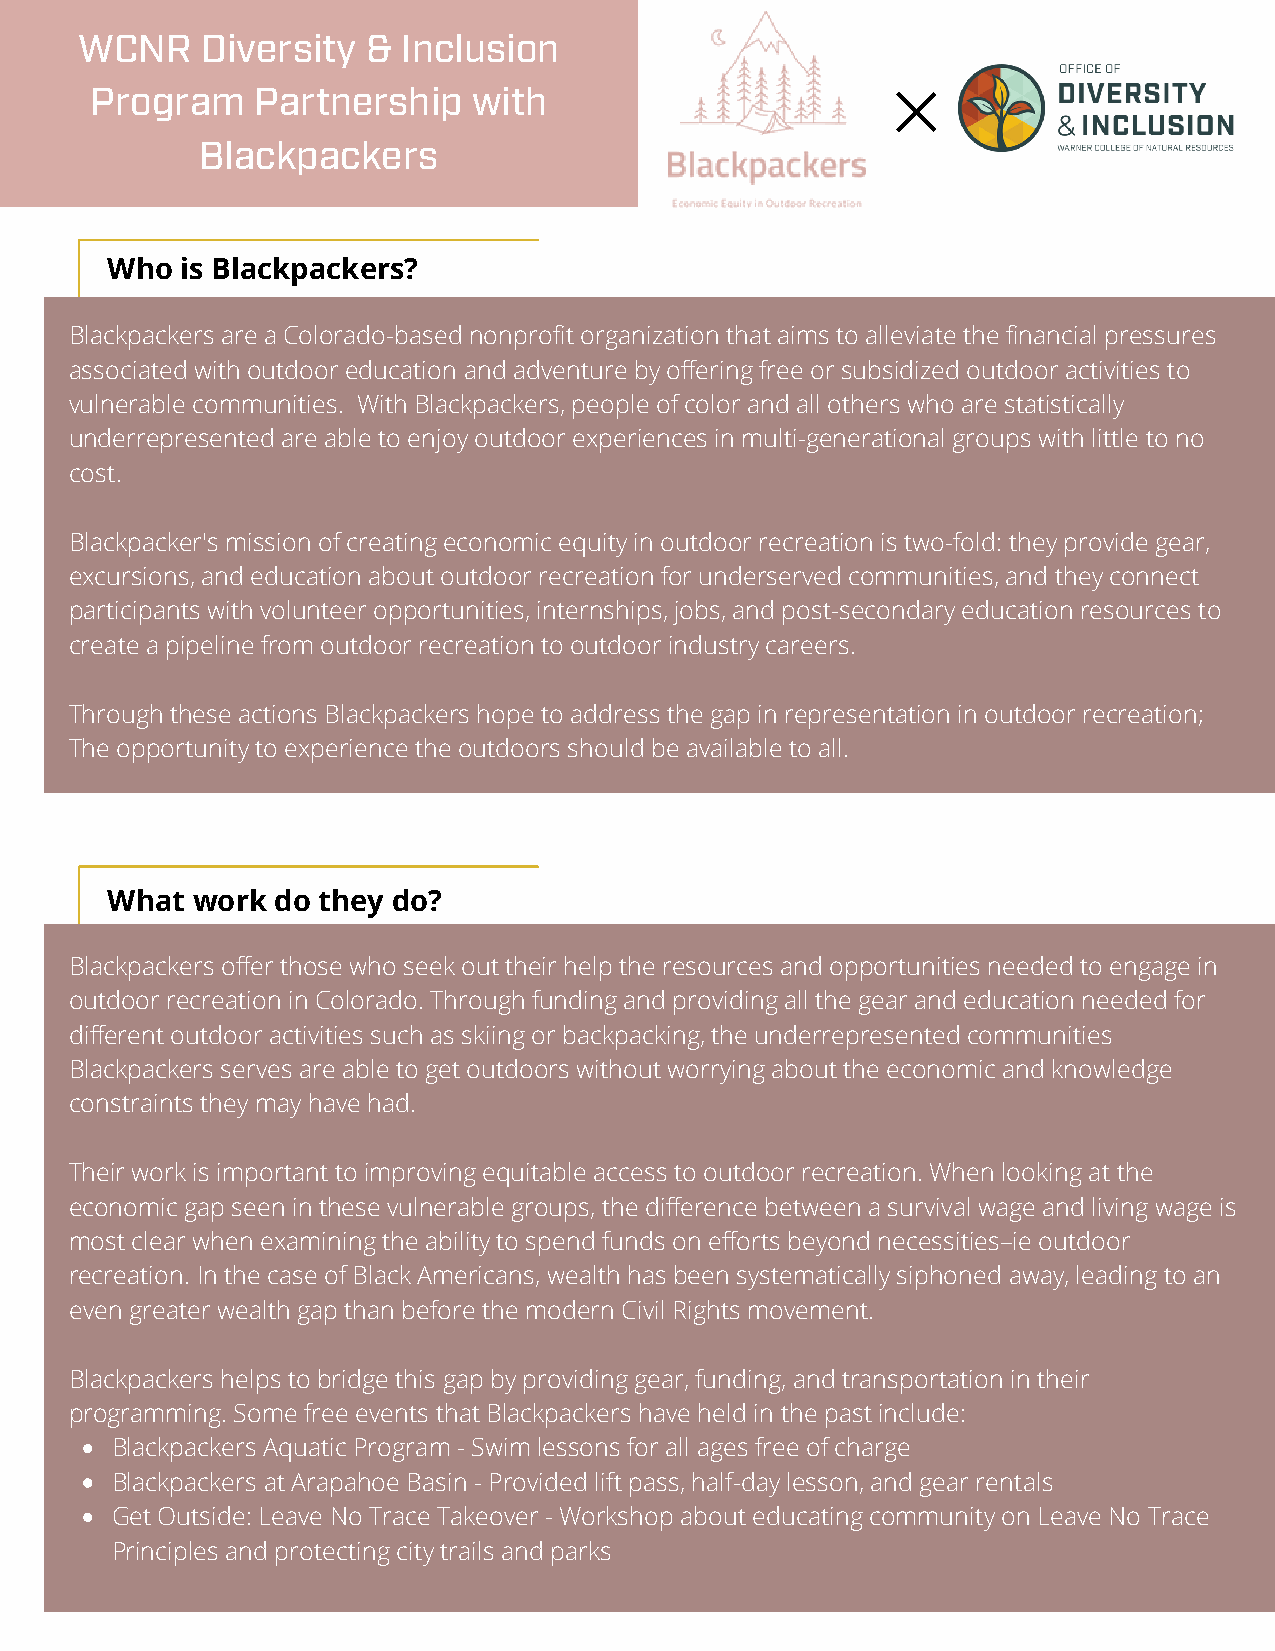
WCNR    Diversity  &  Inclusion
 Program    Partnership   with
 Blackpackers
 Who  is Blackpackers?
 Blackpackers are a Colorado-based nonprofit organization that aims to alleviate the financial pressures
 associated with outdoor education and adventure by offering free or subsidized outdoor activities to
 vulnerable communities. With Blackpackers, people of color and all others who are statistically
 underrepresented are able to enjoy outdoor experiences in multi-generational groups with little to no
 cost.
 Blackpacker's mission of creating economic equity in outdoor recreation is two-fold: they provide gear,
 excursions, and education about outdoor recreation for underserved communities, and they connect
 participants with volunteer opportunities, internships, jobs, and post-secondary education resources to
 create a pipeline from outdoor recreation to outdoor industry careers.
 Through these actions Blackpackers hope to address the gap in representation in outdoor recreation;
 The opportunity to experience the outdoors should be available to all.
 What  work do they do?
 Blackpackers offer those who seek out their help the resources and opportunities needed to engage in
 outdoor recreation in Colorado. Through funding and providing all the gear and education needed for
 different outdoor activities such as skiing or backpacking, the underrepresented communities
 Blackpackers serves are able to get outdoors without worrying about the economic and knowledge
 constraints they may have had.
 Their work is important to improving equitable access to outdoor recreation. When looking at the
 economic gap seen in these vulnerable groups, the difference between a survival wage and living wage is
 most clear when examining the ability to spend funds on efforts beyond necessities–ie outdoor
 recreation. In the case of Black Americans, wealth has been systematically siphoned away, leading to an
 even greater wealth gap than before the modern Civil Rights movement.
 Blackpackers helps to bridge this gap by providing gear, funding, and transportation in their
 programming. Some free events that Blackpackers have held in the past include:
 Blackpackers Aquatic Program - Swim lessons for all ages free of charge
 Blackpackers at Arapahoe Basin - Provided lift pass, half-day lesson, and gear rentals
 Get Outside: Leave No Trace Takeover - Workshop about educating community on Leave No Trace
 Principles and protecting city trails and parks